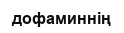
дофаминнің